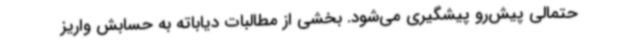
حتمالی پیش‌رو پیشگیری می‌شود. بخشی از مطالبات دیاباته به حسابش واریز